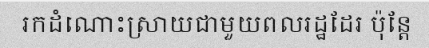
រកដំណោះស្រាយជាមួយពលរដ្ឋដែរ ប៉ុន្តែ